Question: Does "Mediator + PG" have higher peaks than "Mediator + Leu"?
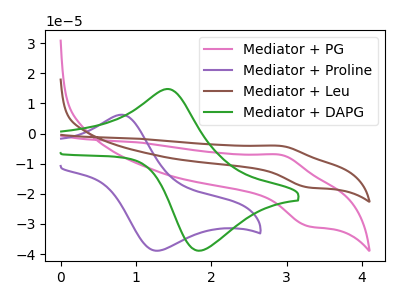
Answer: <think>The pink curve "Mediator + PG" has an anodic peak at (2.90V, -7.05uA) and a cathodic peak at (3.30V, -30.70uA). The purple curve "Mediator + Proline" has an anodic peak at (0.80V, 6.25uA) and a cathodic peak at (1.25V, -38.85uA). The brown curve "Mediator + Leu" has an anodic peak at (2.90V, -4.10uA) and a cathodic peak at (3.30V, -17.85uA). The green curve "Mediator + DAPG" has an anodic peak at (1.40V, 14.75uA) and a cathodic peak at (1.85V, -38.85uA).</think>
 <answer>The peaks in "Mediator + PG" are neither all higher or all lower than the peaks in "Mediator + Leu".</answer>
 <eval>mixed</eval>